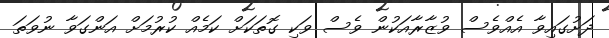
ދަށުގައިވާ އެއްވެސް ވުޒާރާއަކުން ވެސް ވަކި ގޮތަކަށް ކަމެއް ކުރުމަށް އަންގަވާ ނުވަތަ